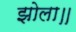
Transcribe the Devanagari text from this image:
झोला॥